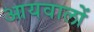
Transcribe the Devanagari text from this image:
आयवालों